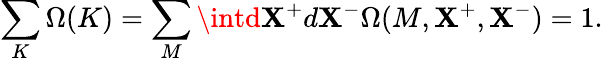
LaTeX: \sum_{K}\Omega(K)=\sum_{M}\intd\mathbf{X}^{+}d\mathbf{X}^{-}\Omega(M,\mathbf{X}^{+},\mathbf{X}^{-})=1.